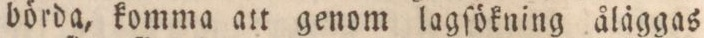
börda, komma att genom lagſökning åläggas